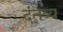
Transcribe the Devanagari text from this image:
दंतव्य